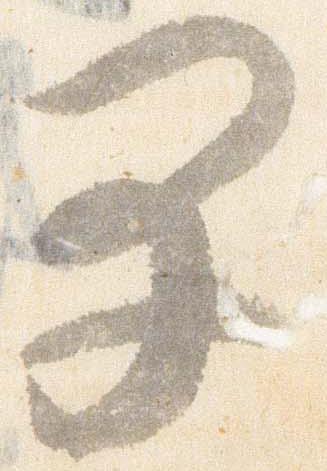
早